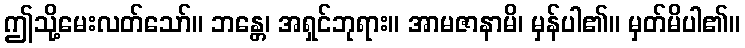
ဤသို့မေးလတ်သော်။ ဘန္တေ၊ အရှင်ဘုရား။ အာမဇာနာမိ၊ မှန်ပါ၏။ မှတ်မိပါ၏။